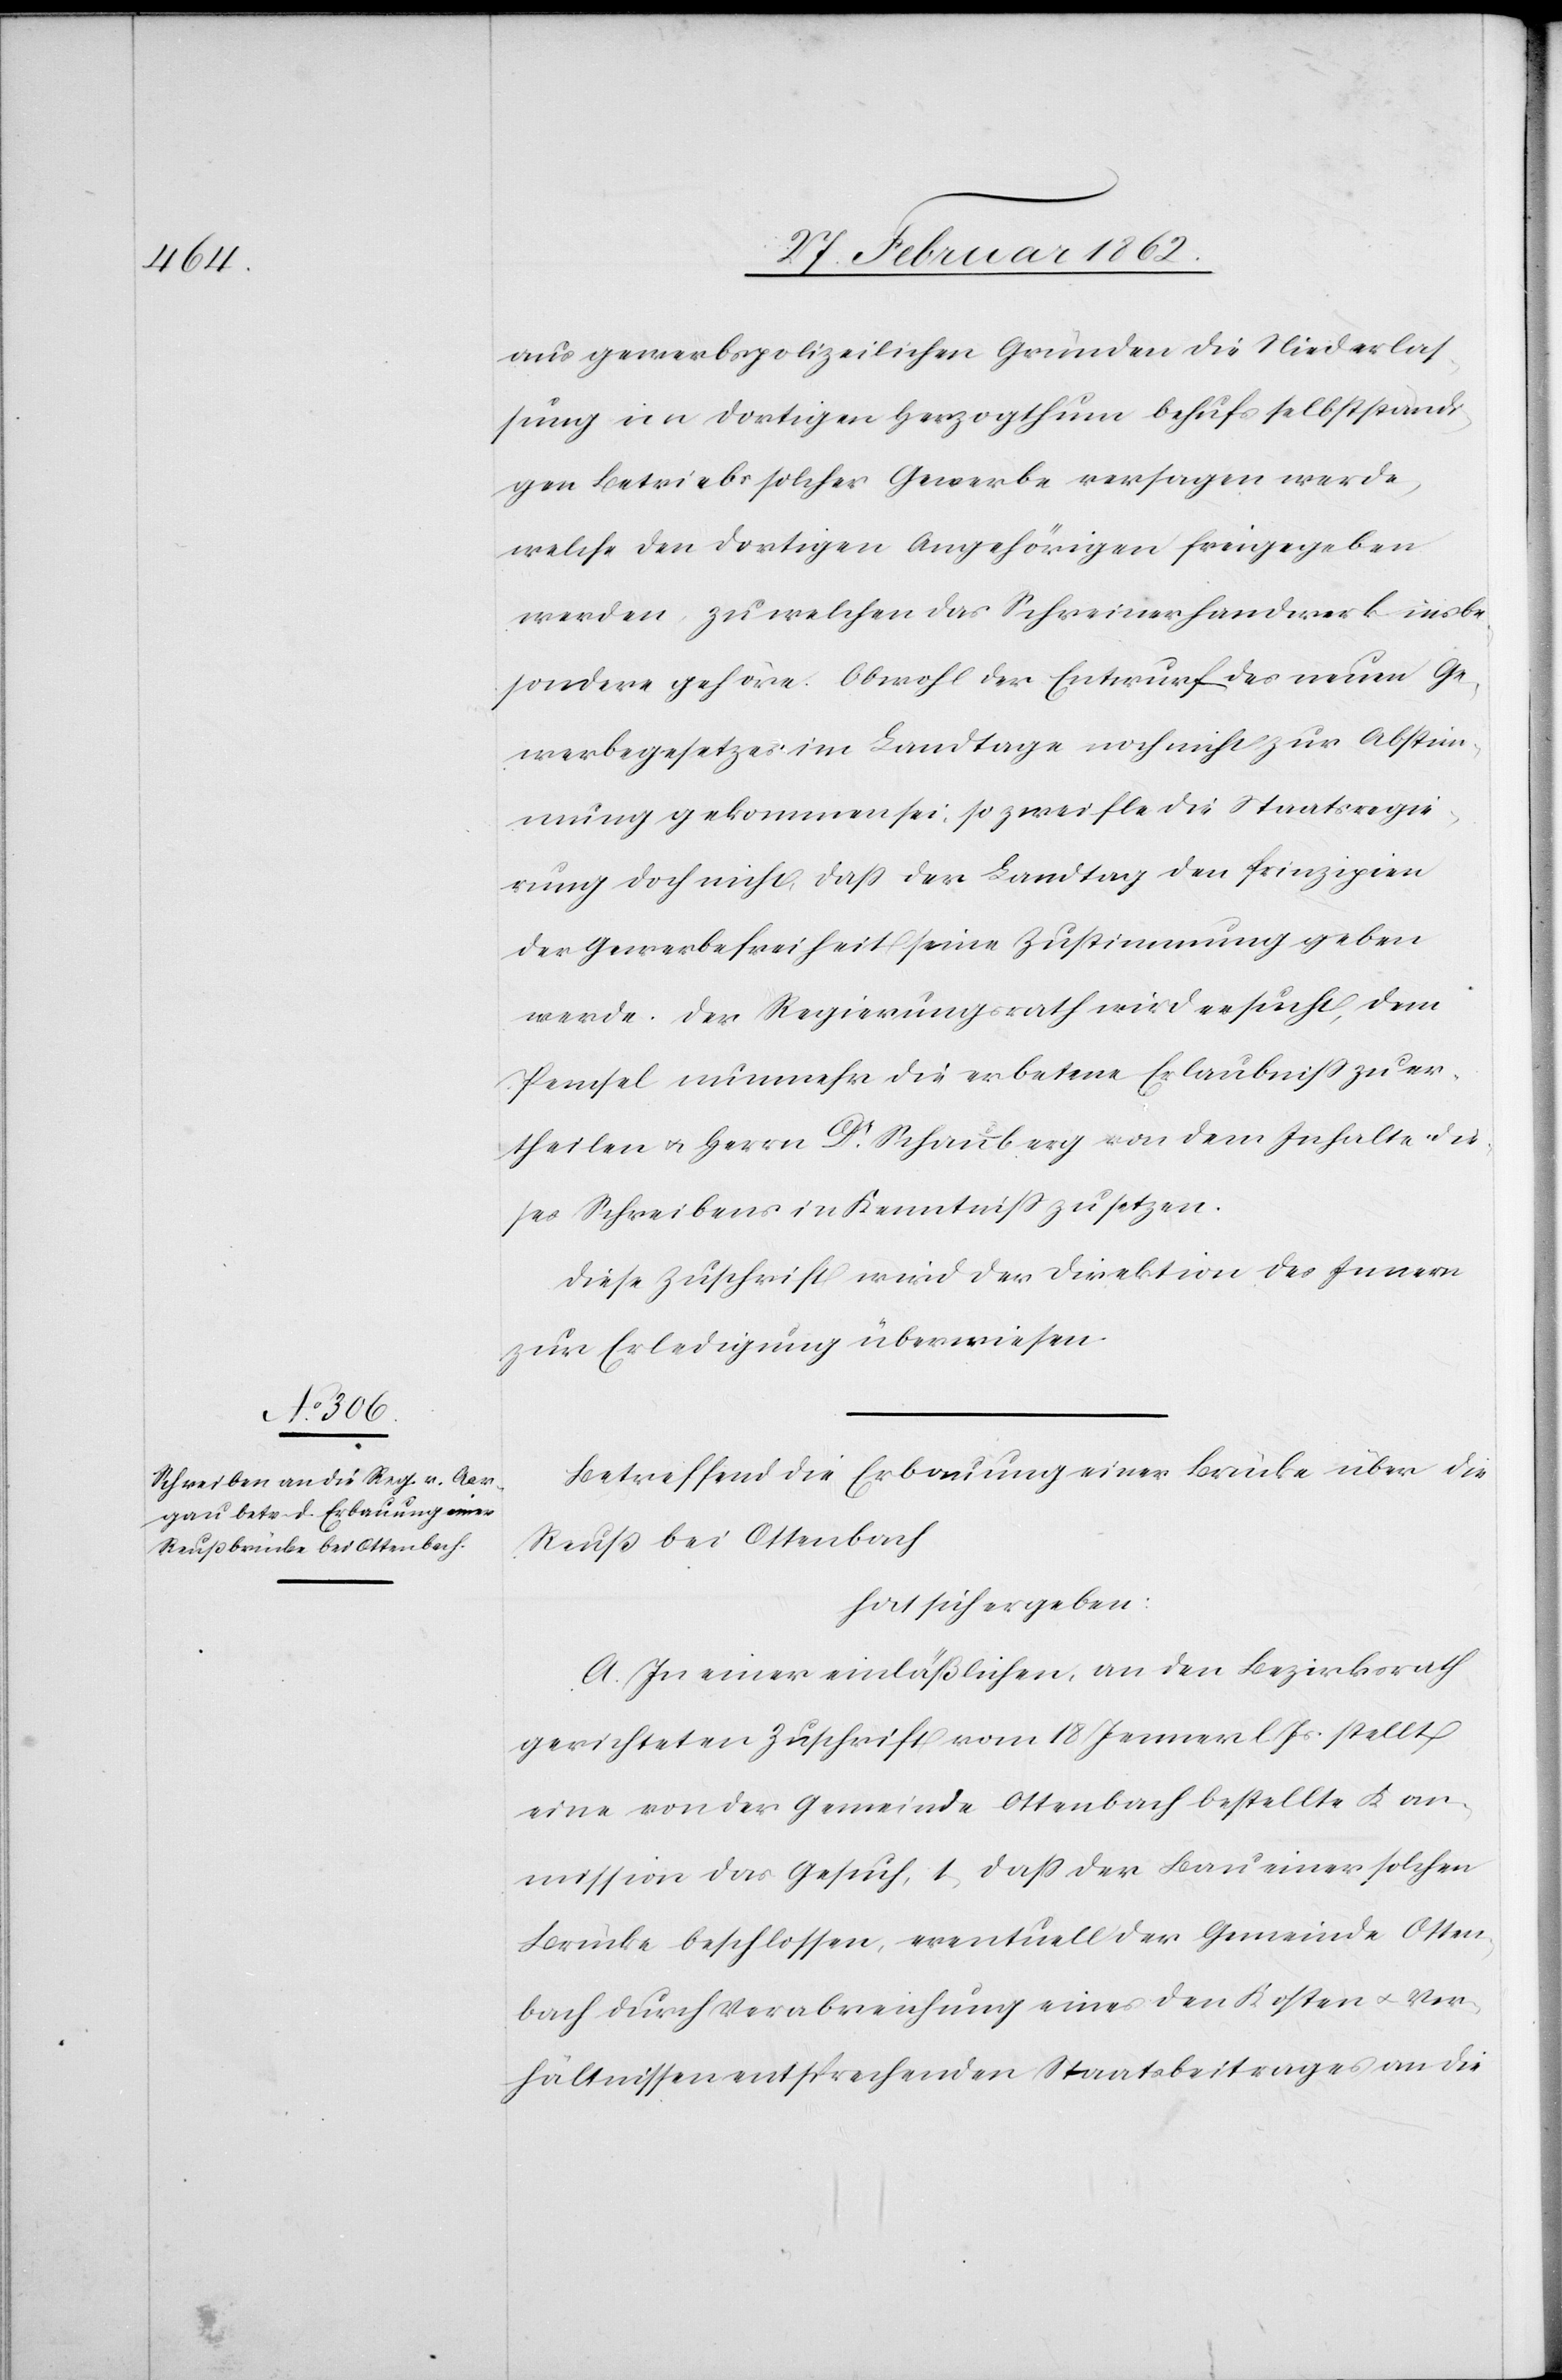
aus gewerbspolizeilichen Gründen die Niederlas¬
sung im dortigen Herzogthum behufs selbstständi¬
gen Betriebs solcher Gewerbe versagen werde,
welche den dortigen Angehörigen freigegeben
werden, zu welchen das Schreinerhandwerk insbe¬
sondere gehöre. Obwohl der Entwurf des neuen Ge¬
werbegesetzes im Landtage noch nicht zur Abstim¬
mung gekommen sei, so zweifle die Staatsregie¬
rung doch nicht, daß der Landtag den Prinzipien
der Gewerbefreiheit seine Zustimmung geben
werde. Der Regierungsrath wird ersucht, dem
Pemsel nunmehr die erbetene Erlaubniß zu er¬
theilen u. Herrn Dr. Schauberg von dem Inhalte die¬
ses Schreibens in Kenntniß zu setzen.
Diese Zuschrift wird der Direktion des Innern
zur Erledigung überwiesen.
Betreffend die Erbauung einer Brücke über die
Reuß bei Ottenbach
hat sich ergeben:
A. In einer einläßlichen, an den Bezirksrath
gerichteten Zuschrift vom 18 Jenner l Js. stellt
eine von der Gemeinde Ottenbach bestellte Kom¬
mission das Gesuch, 1) daß der Bau einer solchen
Brücke beschlossen, eventuell der Gemeinde Otten¬
bach durch Verabreichung eines den Kosten u. Ver¬
hältnissen entsprechenden Staatsbeitrages an die